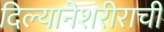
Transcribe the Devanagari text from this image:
दिल्यानेशरीराची